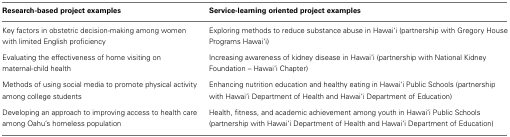
<table><thead><tr><td><b>Research-based project examples</b></td><td><b>Service-learning oriented project examples</b></td></tr></thead><tbody><tr><td>Key factors in obstetric decision-making among women with limited English proficiency</td><td>Exploring methods to reduce substance abuse in Hawai‘i (partnership with Gregory House Programs Hawai‘i)</td></tr><tr><td>Evaluating the effectiveness of home visiting on maternal-child health</td><td>Increasing awareness of kidney disease in Hawai‘i (partnership with National Kidney Foundation – Hawai‘i Chapter)</td></tr><tr><td>Methods of using social media to promote physical activity among college students</td><td>Enhancing nutrition education and healthy eating in Hawai‘i Public Schools (partnership with Hawai‘i Department of Health and Hawai‘i Department of Education)</td></tr><tr><td>Developing an approach to improving access to health care among Oahu’s homeless population</td><td>Health, fitness, and academic achievement among youth in Hawai‘i Public Schools (partnership with Hawai‘i Department of Health and Hawai‘i Department of Education)</td></tr></tbody></table>